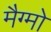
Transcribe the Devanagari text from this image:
मैग्मो